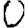
Digit: 0